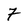
Character: 7